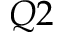
Q 2